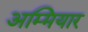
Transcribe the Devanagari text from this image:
अम्मियार